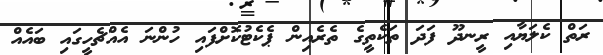
ރަތް ކެލަޔާއި ރީނދޫ ފަދަ ތަކެތީގެ ތެރެއިން ޕެކެޓުކޮށްފައި ހުންނަ އެއްޗެހީގައި ބައެއް